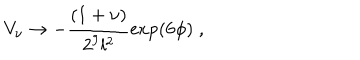
LaTeX: V _ { \nu } \rightarrow - \frac { ( 1 + \nu ) } { 2 ^ { 9 } l ^ { 2 } } \exp ( 6 \phi ) \; ,